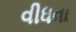
વીધવા